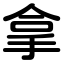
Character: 拿